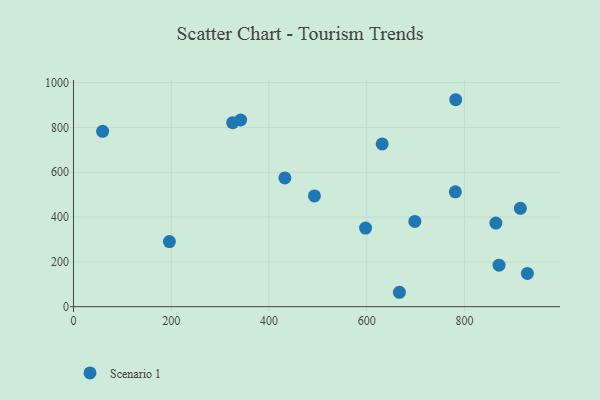
{"axis": {"x": "Ad Spend", "y": "Fuel Efficiency"}, "legend": ["Scenario 1"], "data": [{"x": "782.1", "y": 923.8, "type": "Scenario 1"}, {"x": "432.5", "y": 574.6, "type": "Scenario 1"}, {"x": "59.6", "y": 782.8, "type": "Scenario 1"}, {"x": "781.3", "y": 512.7, "type": "Scenario 1"}, {"x": "631.6", "y": 726.5, "type": "Scenario 1"}, {"x": "666.9", "y": 64.3, "type": "Scenario 1"}, {"x": "870.7", "y": 185.4, "type": "Scenario 1"}, {"x": "928.7", "y": 148.5, "type": "Scenario 1"}, {"x": "597.6", "y": 350.9, "type": "Scenario 1"}, {"x": "342.0", "y": 833.4, "type": "Scenario 1"}, {"x": "325.7", "y": 821.5, "type": "Scenario 1"}, {"x": "914.4", "y": 439.0, "type": "Scenario 1"}, {"x": "493.0", "y": 494.6, "type": "Scenario 1"}, {"x": "864.3", "y": 373.3, "type": "Scenario 1"}, {"x": "698.4", "y": 380.6, "type": "Scenario 1"}, {"x": "196.2", "y": 290.8, "type": "Scenario 1"}]}